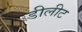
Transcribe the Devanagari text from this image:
डीलीट